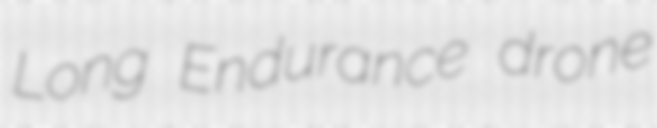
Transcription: Long Endurance drone